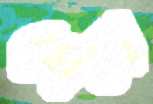
খেতা